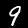
Label: 9